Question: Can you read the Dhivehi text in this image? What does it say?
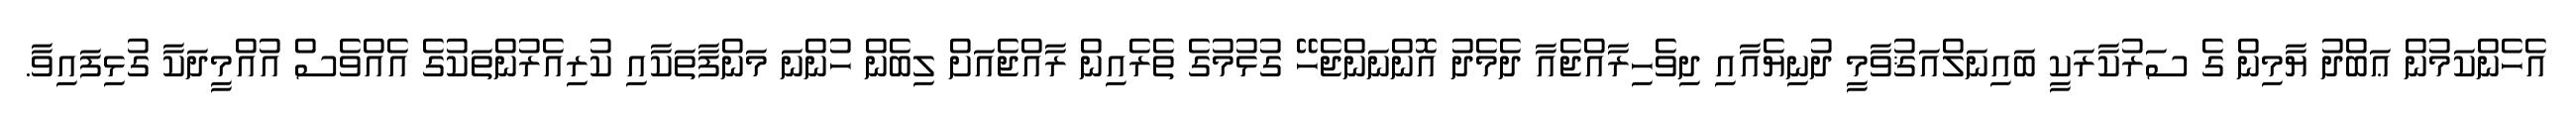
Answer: އެހެންކަމުން ޢަބްދު ޔާމިން ގެ ސަރުކާރަކީ ބައިނަލްއަޤުވާމީ ދުނިޔެއާއި ދިވެހިރާއްޖެއާ ދެމެދު އޮންނަންޖެހޭ ގުޅުމުގެ ތެރެއިން ރާއްޖެއަށް ލިބެން ހުންނަ މަންފާތަކާއި ކުރިއެރުންތަކުގެ އެއްވެސް އުއްމީދަކާ ގުޅިފައިވާ.